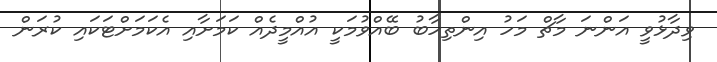
ވިދާޅުވީ އަންނަ މާޗް މަހު އިންތިހާބު ބޭއްވުމަކީ އުއްމީދެއް ކަމަށާއި އެކަމަށްޓަކައި ކުރަން